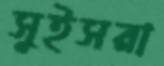
সুইসরা